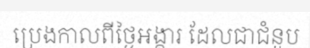
ប្រេងកាលពីថ្ងៃអង្គារ ដែលជាជំនួប